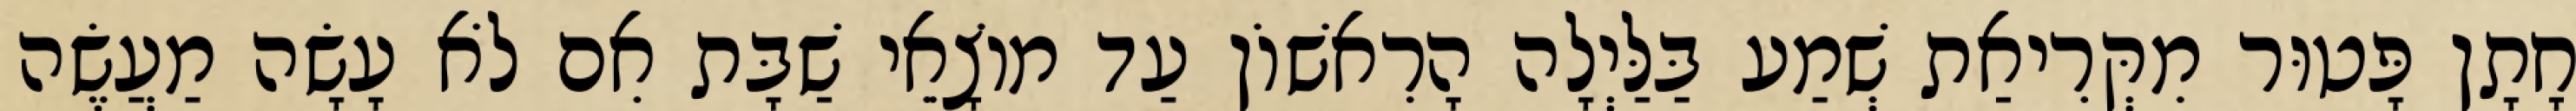
חָתָן פָּטוּר מִקְּרִיאַת שְׁמַע בַּלַּיְלָה הָרִאשׁוֹן עַד מוֹצָאֵי שַׁבָּת אִם לֹא עָשָׂה מַעֲשֶׂה